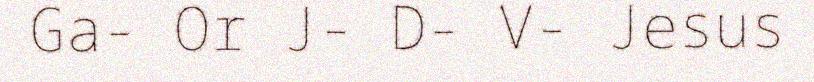
Ga- Or J- D- V- Jesus